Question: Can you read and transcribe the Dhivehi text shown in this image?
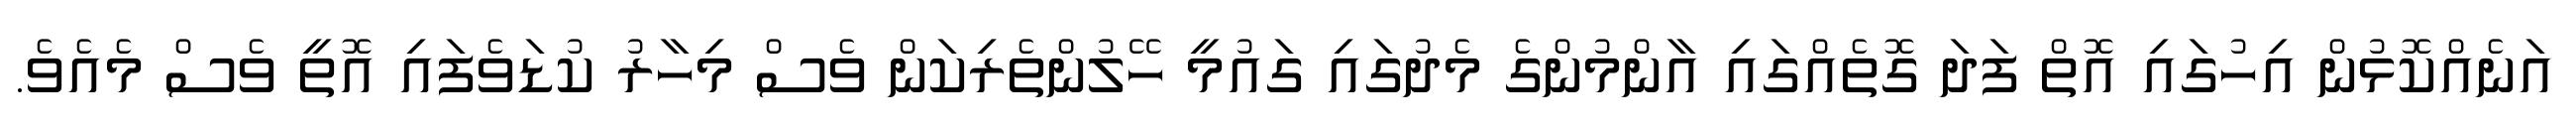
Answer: އަނެއްކޮޅުން އިހުގައި އޮތް ފަދަ ގޮތެއްގައި އާންމުންގެ މެދުގައި ގައުމީ ހޭލުންތެރިކަން ވެސް މިހާރު ކުޑަވެފައި އޮތީ ވެސް މެއެވެ.